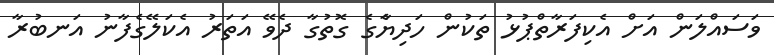
ވަސައްލަން އަށް އެކިފަރާތްޕުޅު ތަކުން ހަދިޔާެގެ ގޮތުގާ ދެވޭ އަތަރު އެކަލޭގެފާނު އަނބުރާ